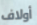
أولاف